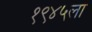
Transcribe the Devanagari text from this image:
१९४५ला